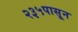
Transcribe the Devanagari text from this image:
२३५पासून